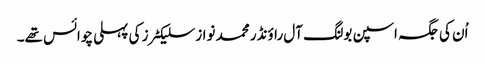
اُن کی جگہ اسپن بولنگ آل راؤنڈر محمد نواز سلیکٹرز کی پہلی چوائس تھے۔